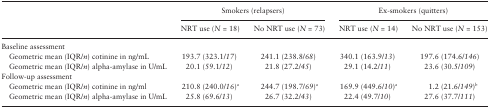
| <ROWSPAN=2>  | <COLSPAN=2> Smokers (relapsers) | <COLSPAN=2> Ex-smokers (quitters) |
 | NRT use (N = 18) | No NRT use (N = 73) | NRT use (N = 14) | No NRT use (N = 153) |
 | --- | --- | --- | --- | --- |
 | <COLSPAN=5> Baseline assessment |
 | Geometric mean (IQR/n) cotinine in ng/mL | 193.7 (323.1/17) | 241.1 (238.8/68) | 340.1 (163.9/13) | 197.6 (174.6/146) |
 | Geometric mean (IQR/n) alpha-amylase in U/mL | 20.1 (59.1/12) | 21.8 (27.2/45) | 29.1 (14.2/11) | 23.6 (30.5/109) |
 | <COLSPAN=5> Follow-up assessment |
 | Geometric mean (IQR/n) cotinine in ng/ml | 210.8 (240.0/16)a | 244.7 (198.7/69)a | 169.9 (449.6/10)a | 1.2 (21.6/149)b |
 | Geometric mean (IQR/n) alpha-amylase in U/mL | 25.8 (69.6/13) | 26.7 (32.2/43) | 22.4 (49.7/10) | 27.6 (37.7/111) |